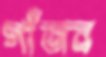
গাঁজব